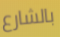
بالشارع